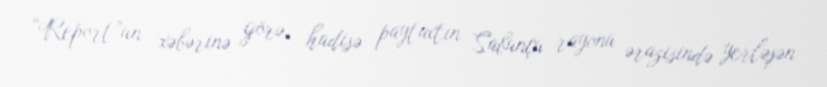
“Report”un xəbərinə görə, hadisə paytaxtın Sabunçu rayonu ərazisində yerləşən